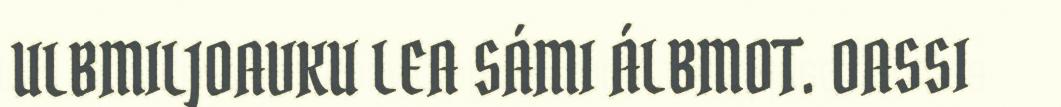
ULBMILJOAVKU LEA SÁMI ÁLBMOT. OASSI